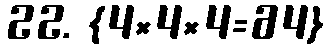
22. {4×4×4=64}